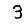
Digit: 3